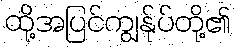
ထို့အပြင်ကျွန်ုပ်တို့၏